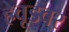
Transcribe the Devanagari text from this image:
हेवूडवर